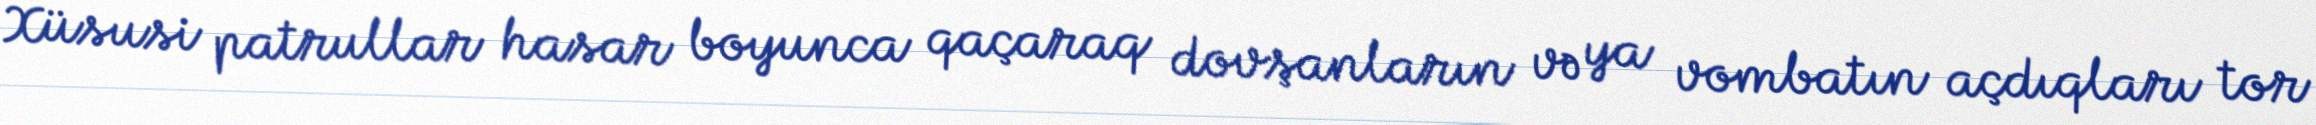
Xüsusi patrullar hasar boyunca qaçaraq dovşanların və ya vombatın açdıqları tor